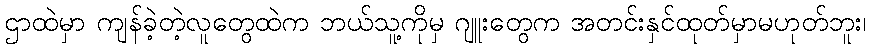
ဌာထဲမှာ ကျန်ခဲ့တဲ့လူတွေထဲက ဘယ်သူ့ကိုမှ ဂျူးတွေက အတင်းနှင်ထုတ်မှာမဟုတ်ဘူး၊